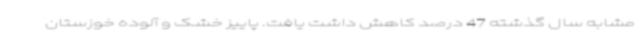
مشابه سال گذشته 47 درصد کاهش داشت یافت. پاییز خشک و آلوده خوزستان